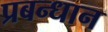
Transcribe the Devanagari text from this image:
प्रबन्धान